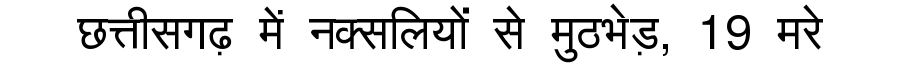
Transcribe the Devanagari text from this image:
छत्तीसगढ़ में नक्सलियों से मुठभेड़, 19 मरे